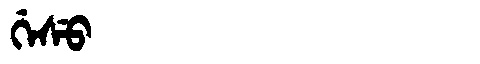
Manchu: ᡤᡝᠰᡠ
Romanization: GESU